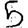
Digit: 5